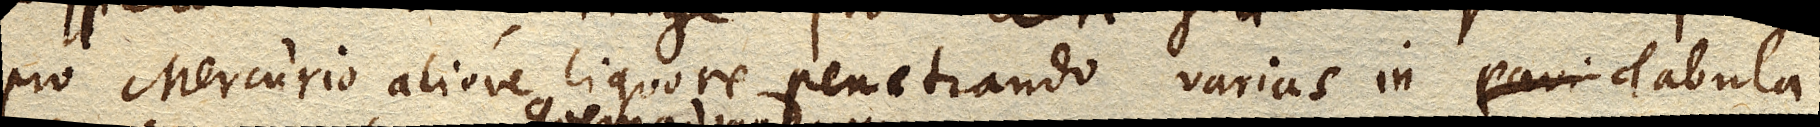
pro Mercurio aliove liquore penetrando varias in Tabula